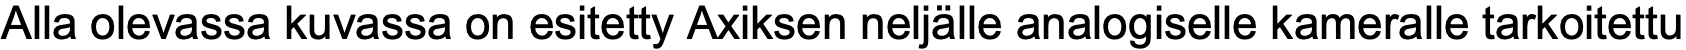
Alla olevassa kuvassa on esitetty Axiksen neljälle analogiselle kameralle tarkoitettu